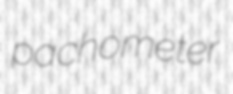
pachometer